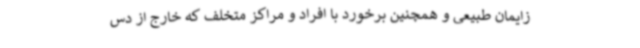
زایمان طبیعی و همچنین برخورد با افراد و مراکز متخلف که خارج از دس